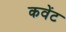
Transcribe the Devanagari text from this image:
कवेंट